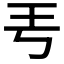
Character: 𤣫